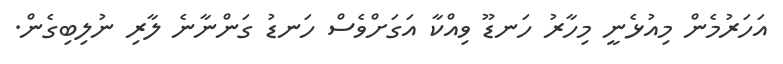
އަހަރުމެން މިއުޅެނީ މިހާރު ހަނޑޫ ވިއްކާ އަގަށްވެސް ހަނޑު ގަންނާނެ ލާރި ނުލިބިގެން.